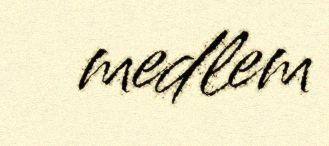
medlem